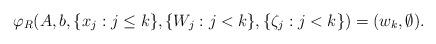
LaTeX: \begin{align*}\varphi_R( A, b, \lbrace x_j : j \leq k \rbrace, \lbrace W_j : j < k \rbrace, \lbrace \zeta_j : j < k \rbrace) = (w_k, \emptyset).\end{align*}